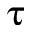
\boldsymbol \uptau